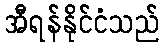
အီရန်နိုင်ငံသည်